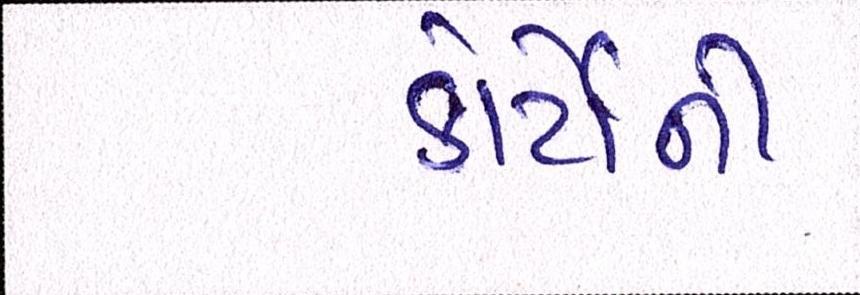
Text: કોર્ટોની